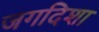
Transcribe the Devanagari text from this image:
जगदिशा